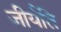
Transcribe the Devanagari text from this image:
जीर्यति